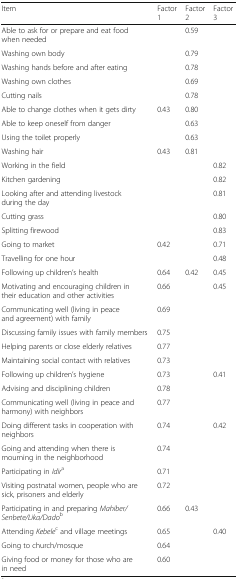
<table><thead><tr><td><b>Item</b></td><td><b>Factor 1</b></td><td><b>Factor 2</b></td><td><b>Factor 3</b></td></tr></thead><tbody><tr><td>Able to ask for or prepare and eat food when needed</td><td></td><td>0.59</td><td></td></tr><tr><td>Washing own body</td><td></td><td>0.79</td><td></td></tr><tr><td>Washing hands before and after eating</td><td></td><td>0.78</td><td></td></tr><tr><td>Washing own clothes</td><td></td><td>0.69</td><td></td></tr><tr><td>Cutting nails</td><td></td><td>0.78</td><td></td></tr><tr><td>Able to change clothes when it gets dirty</td><td>0.43</td><td>0.80</td><td></td></tr><tr><td>Able to keep oneself from danger</td><td></td><td>0.63</td><td></td></tr><tr><td>Using the toilet properly</td><td></td><td>0.63</td><td></td></tr><tr><td>Washing hair</td><td>0.43</td><td>0.81</td><td></td></tr><tr><td>Working in the field</td><td></td><td></td><td>0.82</td></tr><tr><td>Kitchen gardening</td><td></td><td></td><td>0.82</td></tr><tr><td>Looking after and attending livestock during the day</td><td></td><td></td><td>0.81</td></tr><tr><td>Cutting grass</td><td></td><td></td><td>0.80</td></tr><tr><td>Splitting firewood</td><td></td><td></td><td>0.83</td></tr><tr><td>Going to market</td><td>0.42</td><td></td><td>0.71</td></tr><tr><td>Travelling for one hour</td><td></td><td></td><td>0.48</td></tr><tr><td>Following up children’s health</td><td>0.64</td><td>0.42</td><td>0.45</td></tr><tr><td>Motivating and encouraging children in their education and other activities</td><td>0.66</td><td></td><td>0.45</td></tr><tr><td>Communicating well (living in peace and agreement) with family</td><td>0.69</td><td></td><td></td></tr><tr><td>Discussing family issues with family members</td><td>0.75</td><td></td><td></td></tr><tr><td>Helping parents or close elderly relatives</td><td>0.77</td><td></td><td></td></tr><tr><td>Maintaining social contact with relatives</td><td>0.73</td><td></td><td></td></tr><tr><td>Following up children’s hygiene</td><td>0.73</td><td></td><td>0.41</td></tr><tr><td>Advising and disciplining children</td><td>0.78</td><td></td><td></td></tr><tr><td>Communicating well (living in peace and harmony) with neighbors</td><td>0.77</td><td></td><td></td></tr><tr><td>Doing different tasks in cooperation with neighbors</td><td>0.74</td><td></td><td>0.42</td></tr><tr><td>Going and attending when there is mourning in the neighborhood</td><td>0.74</td><td></td><td></td></tr><tr><td>Participating in <i>Idir</i><sup>a</sup></td><td>0.71</td><td></td><td></td></tr><tr><td>Visiting postnatal women, people who are sick, prisoners and elderly</td><td>0.72</td><td></td><td></td></tr><tr><td>Participating in and preparing <i>Mahiber/Senbete/Lika/Dado</i><sup>b</sup></td><td>0.66</td><td>0.43</td><td></td></tr><tr><td>Attending <i>Kebele</i><sup>c</sup> and village meetings</td><td>0.65</td><td></td><td>0.40</td></tr><tr><td>Going to church/mosque</td><td>0.64</td><td></td><td></td></tr><tr><td>Giving food or money for those who are in need</td><td>0.60</td><td></td><td></td></tr></tbody></table>